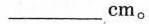
___cm。